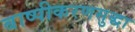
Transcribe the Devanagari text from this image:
बाष्पीकरणसुद्धा